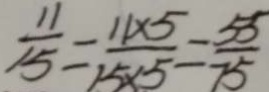
\frac { 1 1 } { 1 5 } = \frac { 1 1 \times 5 } { 1 5 \times 5 } = \frac { 5 5 } { 7 5 }